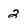
Character: 2